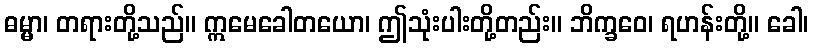
ဓမ္မာ၊ တရားတို့သည်။ ဣမေခေါတယော၊ ဤသုံးပါးတို့တည်း။ ဘိက္ခဝေ၊ ရဟန်းတို့။ ခေါ၊